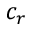
c _ { r }